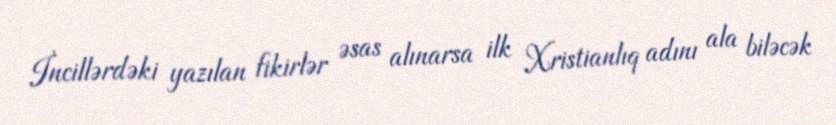
İncillərdəki yazılan fikirlər əsas alınarsa ilk Xristianlıq adını ala biləcək